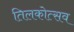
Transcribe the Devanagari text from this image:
तिलकोत्सव